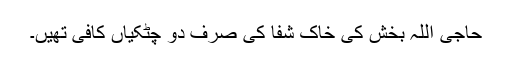
حاجی اللہ بخش کی خاک شفا کی صرف دو چٹکیاں کافی تھیں۔